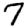
Digit: 7